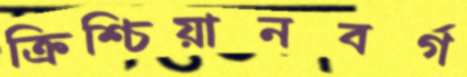
ক্রিশ্চিয়ানবর্গ